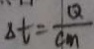
\Delta t = \frac { Q } { c m }